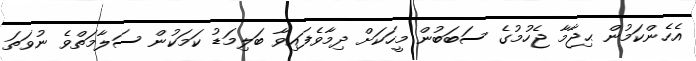
އެހެންކަމުން ޙިޖާމާ ޖެހުމުގެ ސަބަބުން މީހަކަށް ދިމާވެފައިވާ ބަލިމަޑު ކަމަކުން ސަލާމަތްވެ ނުވަތަ